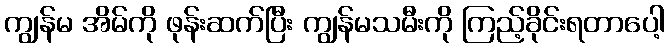
ကျွန်မ အိမ်ကို ဖုန်းဆက်ပြီး ကျွန်မသမီးကို ကြည့်ခိုင်းရတာပေါ့